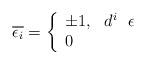
LaTeX: \begin{align*} \overline{\epsilon_i}=\left\{ \begin{array}{ll} \pm 1, \ \ d^i \ \ \epsilon\\ 0\\ \end{array} \right. \end{align*}